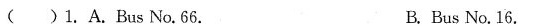
( )1. A.Bus No.66. B.Bus No. 16.